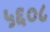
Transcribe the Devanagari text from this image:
५६०८